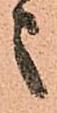
之